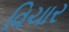
વિચાર